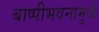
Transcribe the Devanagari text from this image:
बाष्पीभवनामुळे